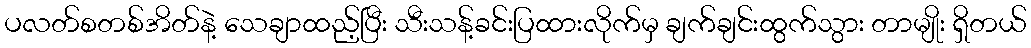
ပလတ်စတစ်အိတ်နဲ့ သေချာထည့်ပြီး သီးသန့်ခင်းပြထားလိုက်မှ ချက်ချင်းထွက်သွား တာမျိုး ရှိတယ်